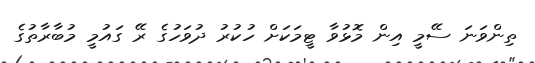
ތިންވަނަ ސޭމީ އިން މޮޅުވާ ޓީމަކަށް ހުކުރު ދުވަހުގެ ރޭ ގައުމީ މުބާރާތުގެ